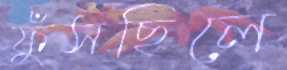
ফুঁসছিলে